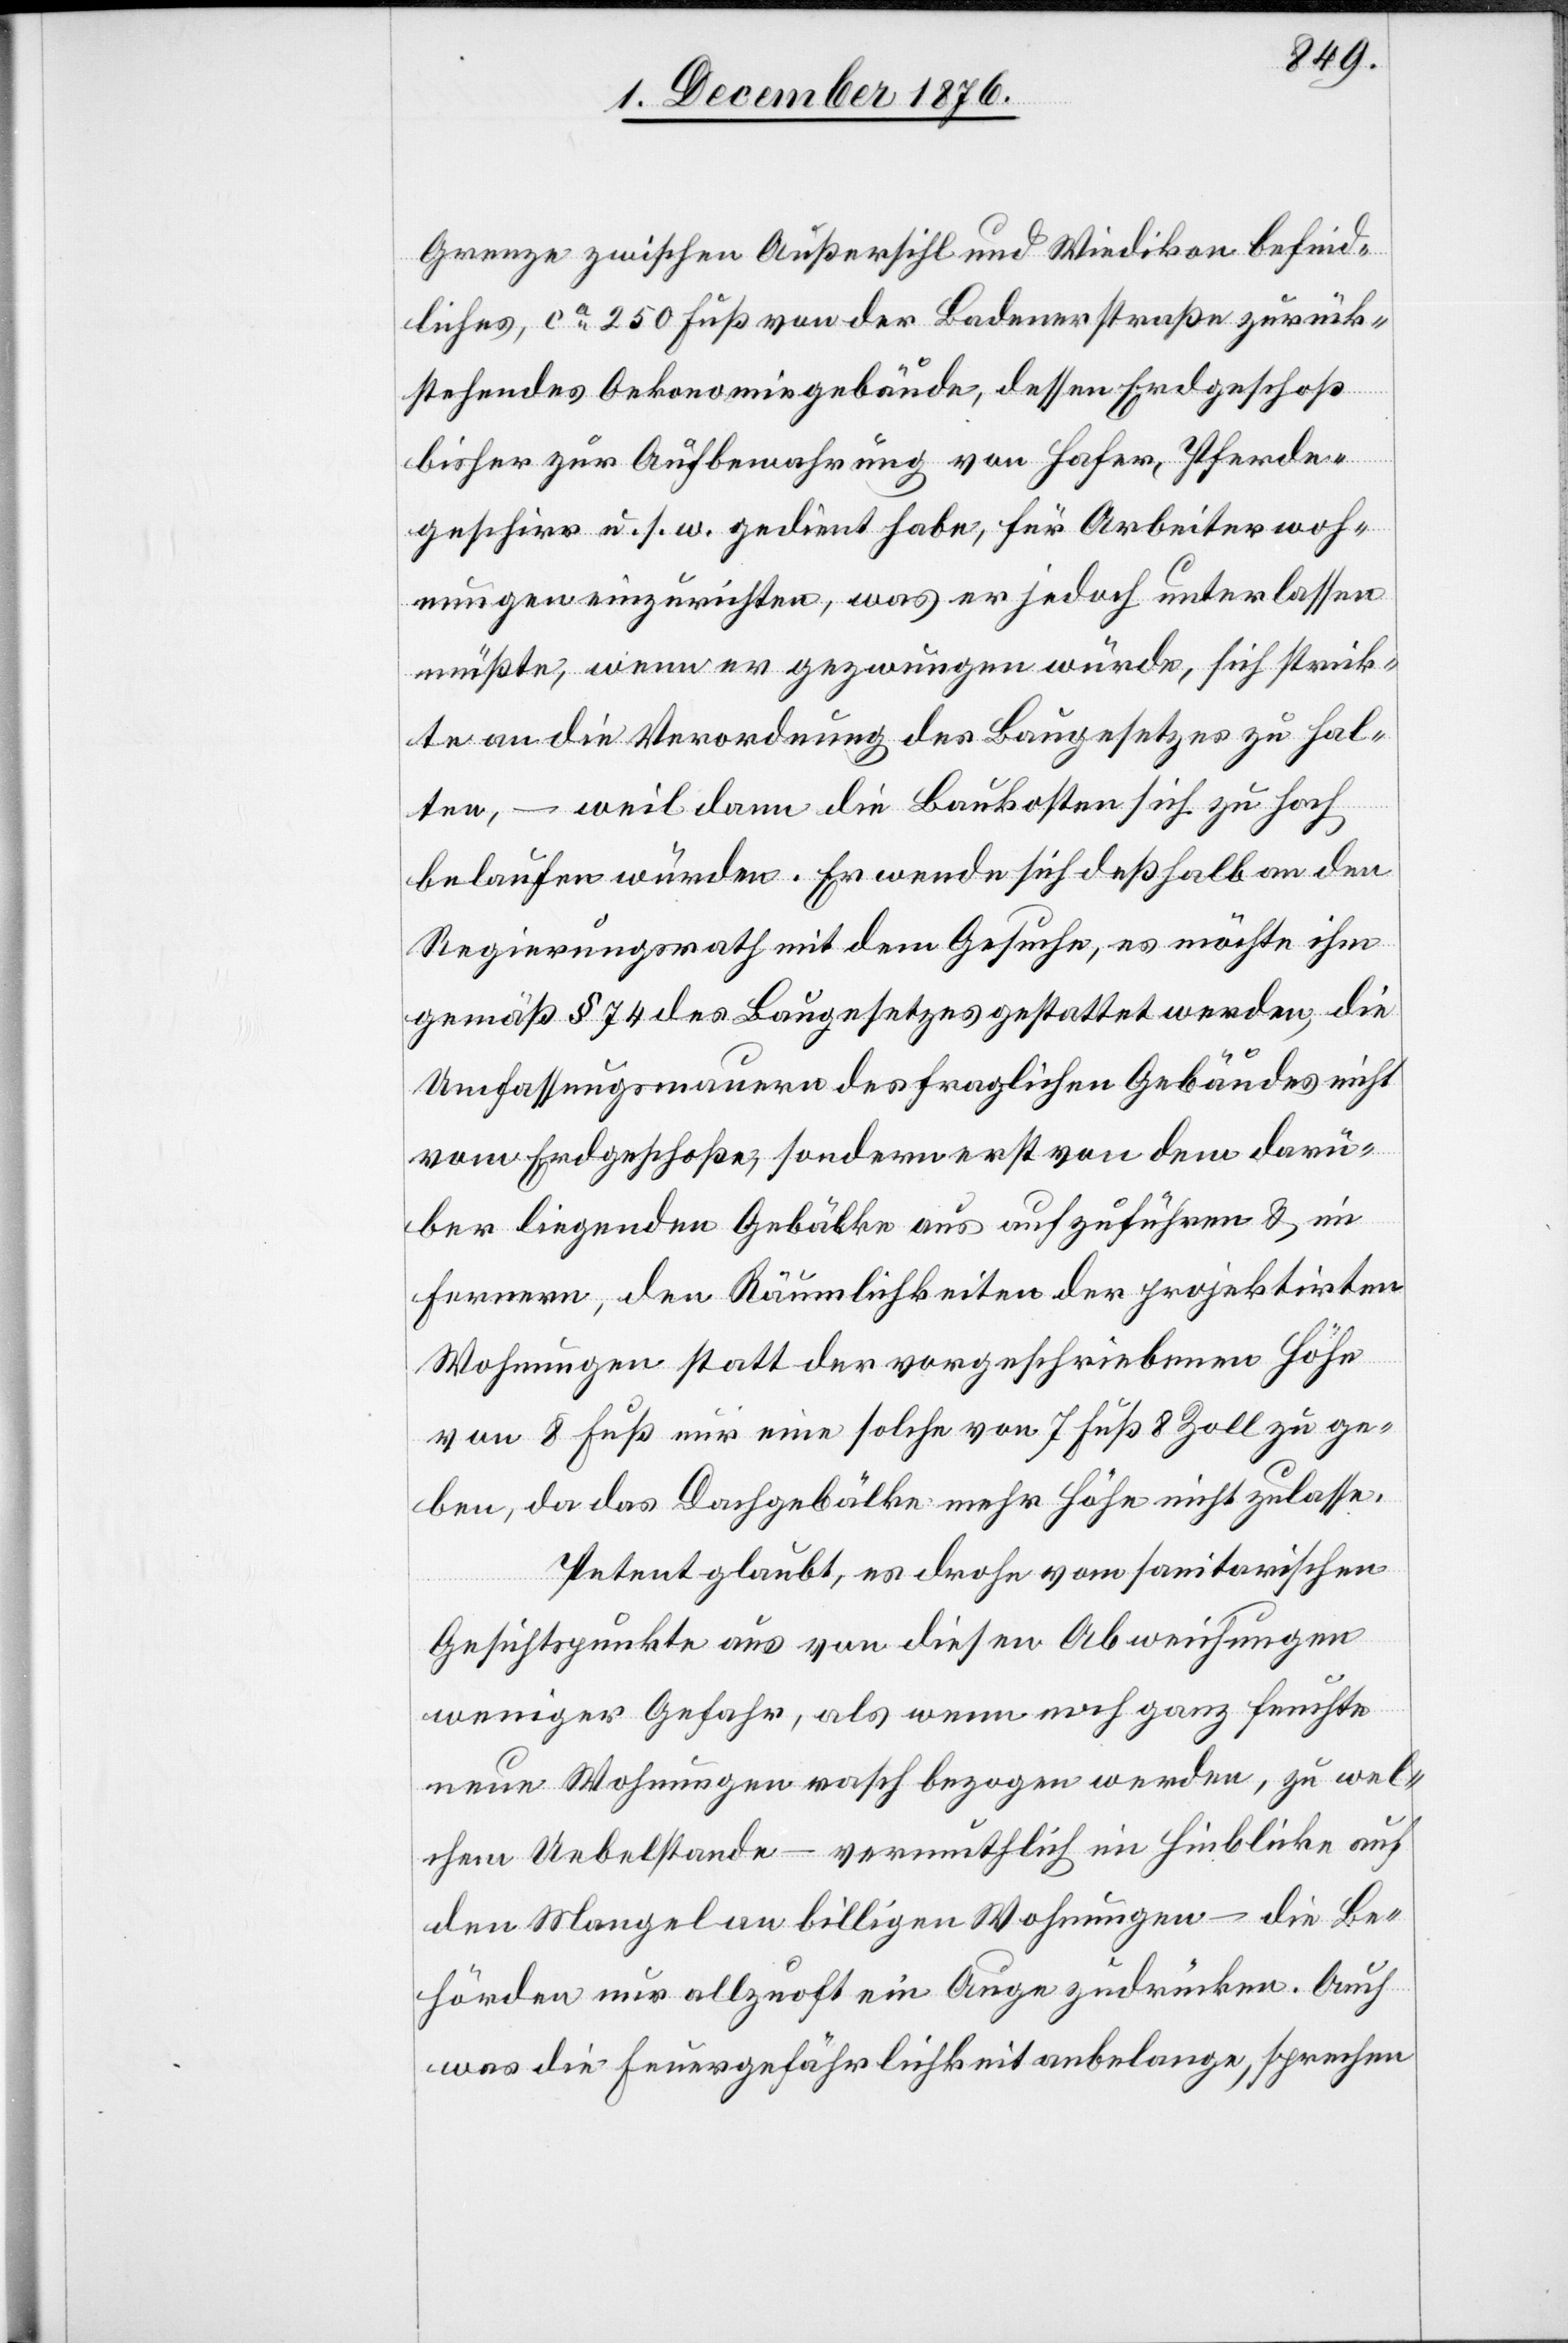
Grenze zwischen Außersihl und Wiedikon befind¬
liches, ca 250 Fuß von der Badenerstraße zurück¬
stehendes Oekonomiegebäude, dessen Erdgeschoß
bisher zur Aufbewahrung von Hafer, Pferde¬
geschirr u. s. w. gedient habe, für Arbeiterwoh¬
nungen einzurichten, was er jedoch unterlassen
müßte, wenn er gezwungen würde, sich strick¬
te an die Verordnung des Baugesetzes zu hal¬
ten, – weil dann die Baukosten sich zu hoch
belaufen würden. Er wende sich deßhalb an den
Regierungsrath mit dem Gesuche, es möchte ihm
gemäß § 74 des Baugesetzes gestattet werden, die
Umfassungsmauern des fraglichen Gebäudes nicht
vom Erdgeschoße, sondern erst von dem darü¬
ber liegenden Gebälke aus aufzuführen & im
Fernern, den Räumlichkeiten der projektirten
Wohnungen statt der vorgeschriebenen Höhe
von 8 Fuß nur eine solche von 7 Fuß 8 Zoll zu ge¬
ben, da das Dachgebälke mehr Höhe nicht zulasse.
Petent glaubt, es drohe vom sanitarischen
Gesichtspunkte aus von diesen Abweichungen
weniger Gefahr, als wenn noch ganz feuchte
neue Wohnungen rasch bezogen werden, zu wel¬
chem Uebelstande – vermuthlich im Hinblicke auf
den Mangel an billigen Wohnungen – die Be¬
hörden nur allzuoft ein Auge zudrücken. Auch
was die Feuergefährlichkeit anbelange, sprechen